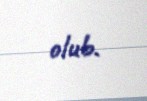
olub.